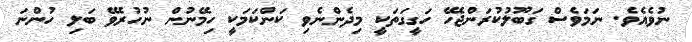
ނުވެއެވެ. ނަމަވެސް ގަބޫލުކުރަންޖެހޭ ހަގީގަތަކީ މިދެންނެވި ކަންކަމަކީ ހިމޭނުން ނުހުރެވޭ ބަލި ހުންނަ